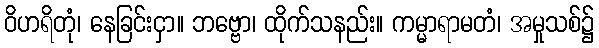
ဝိဟရိတုံ၊ နေခြင်းငှာ။ ဘဗ္ဗော၊ ထိုက်သနည်း။ ကမ္မာရာမတံ၊ အမှုသစ်၌